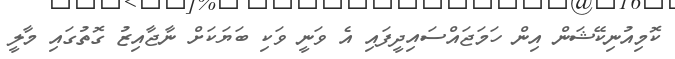
ކޮމިއުނިކޭޝަން އިން ހަމަޖައްސައިދީފައި އެ ވަނީ ވަކި ބަޔަކަށް ނާޖާއިޒު ގޮތުގައި މާލީ